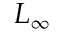
L _ { \infty }